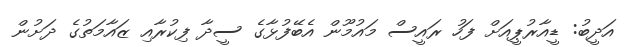
އަދީބު: ޑީއާރުޕީއަށް ފަހު ރައީސް މައުމޫން އެބޭފުޅާގެ ސީދާ ފިކުރާއި ޒައާމަތުގެ ދަށުން